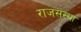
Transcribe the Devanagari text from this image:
राजसंस्था